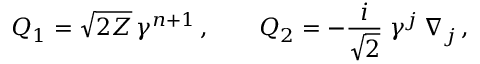
Q _ { 1 } = \sqrt { 2 { \cal Z } } \, \gamma ^ { n + 1 } \, , \qquad Q _ { 2 } = - \frac { i } { \sqrt { 2 } } \; \gamma ^ { j } \, \nabla _ { j } \, ,